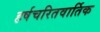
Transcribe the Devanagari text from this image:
हर्षचरितवार्तिक